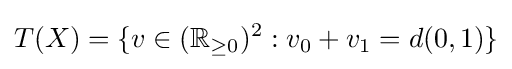
T(X)=\{v\in (\mathbb {R} _{\geq 0})^{2}:v_{0}+v_{1}=d(0,1)\}